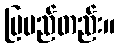
ပြမည်တည်း။